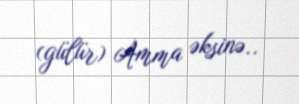
(gülür) Amma əksinə..